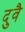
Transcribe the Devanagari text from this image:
दुवै